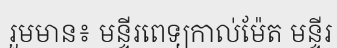
រួមមាន៖ មន្ទីរពេទ្យកាល់ម៉ែត មន្ទីរ